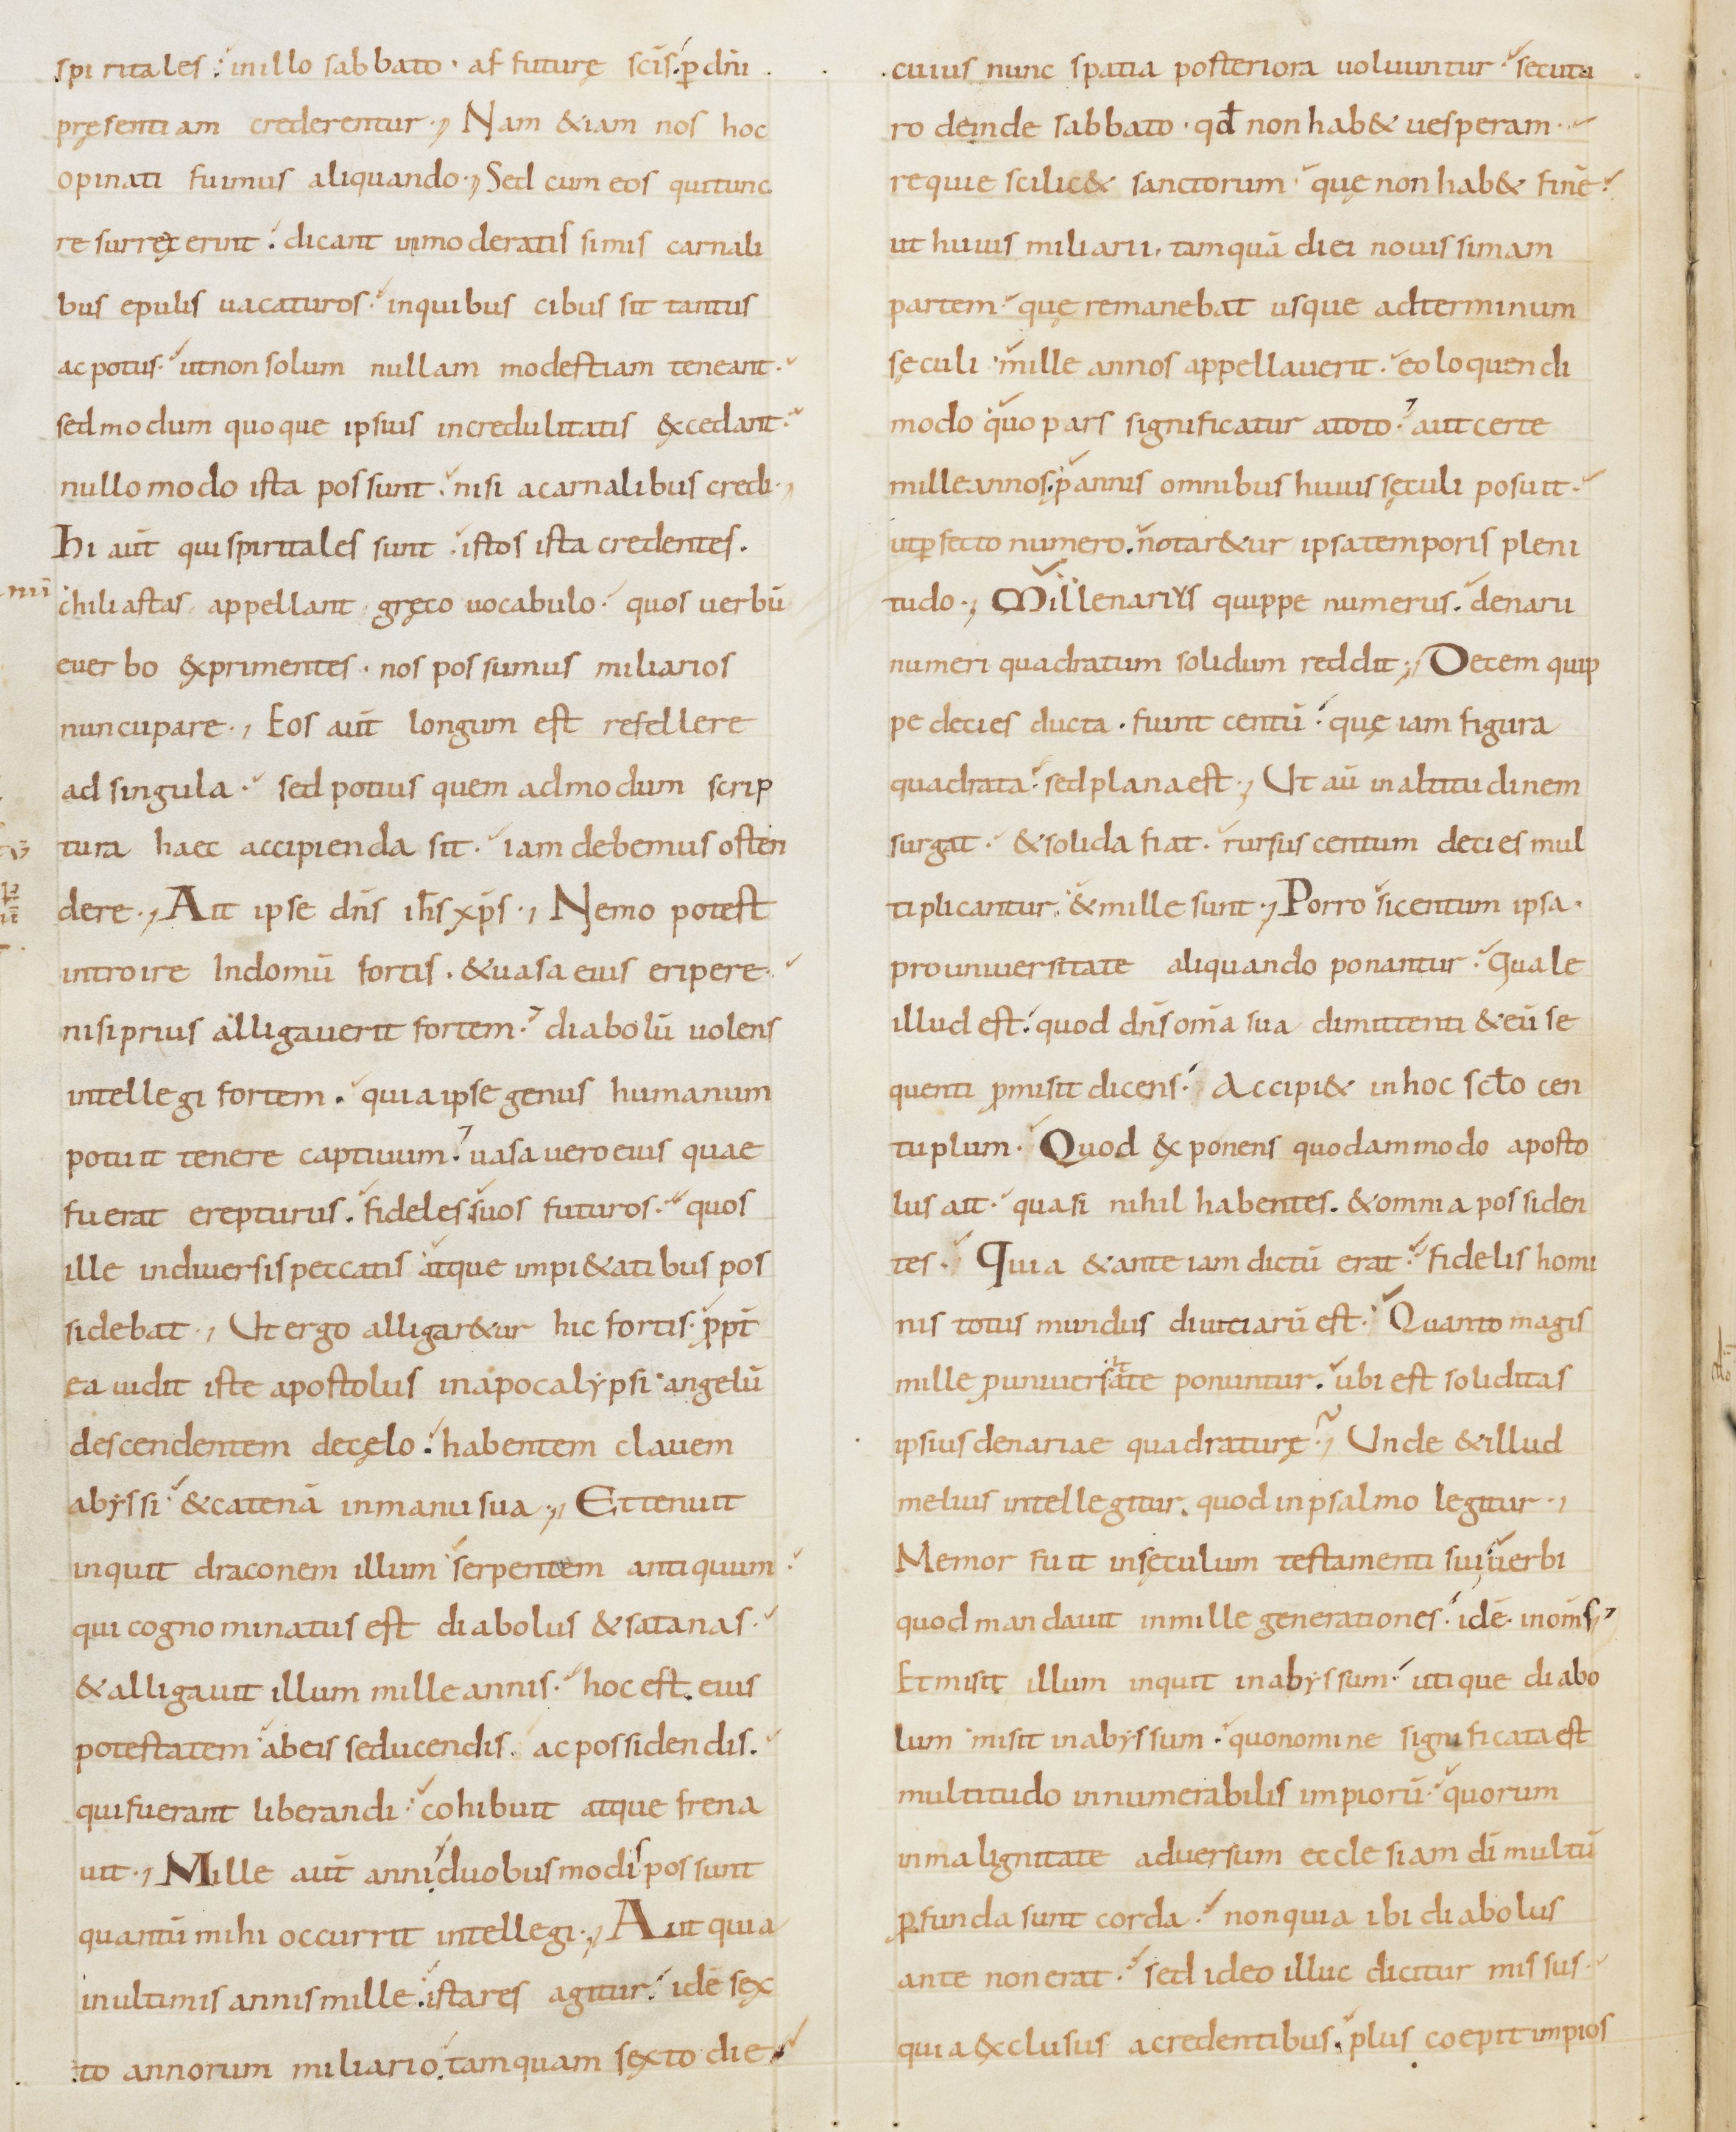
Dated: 800–899